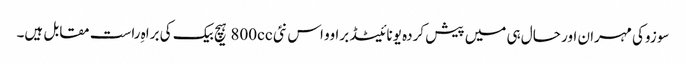
سوزوکی مہران اور حال ہی میں پیش کردہ یونائیٹڈ براوو اس نئی 800cc ہیچ بیک کی براہِ راست مقابل ہیں۔